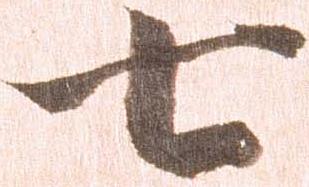
七